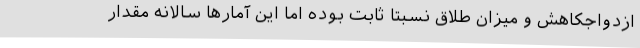
ازدواجکاهش و میزان طلاق نسبتا ثابت بوده اما این آمارها سالانه مقدار